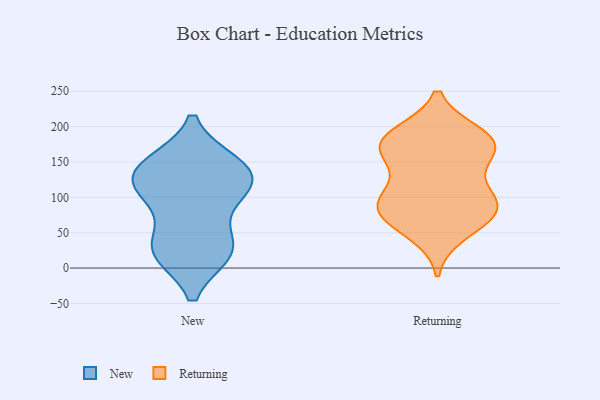
{"axis": {"x": "Market Share (%)", "y": "Value"}, "legend": ["New", "Returning"], "data": [{"x": "", "y": 23, "type": "New"}, {"x": "", "y": 147, "type": "New"}, {"x": "", "y": 143, "type": "New"}, {"x": "", "y": 101, "type": "New"}, {"x": "", "y": 32, "type": "New"}, {"x": "", "y": 141, "type": "New"}, {"x": "", "y": 26, "type": "New"}, {"x": "", "y": 131, "type": "New"}, {"x": "", "y": 25, "type": "New"}, {"x": "", "y": 108, "type": "New"}, {"x": "", "y": 113, "type": "New"}, {"x": "", "y": 158, "type": "Returning"}, {"x": "", "y": 187, "type": "Returning"}, {"x": "", "y": 171, "type": "Returning"}, {"x": "", "y": 107, "type": "Returning"}, {"x": "", "y": 103, "type": "Returning"}, {"x": "", "y": 180, "type": "Returning"}, {"x": "", "y": 80, "type": "Returning"}, {"x": "", "y": 89, "type": "Returning"}, {"x": "", "y": 79, "type": "Returning"}, {"x": "", "y": 76, "type": "Returning"}, {"x": "", "y": 172, "type": "Returning"}, {"x": "", "y": 51, "type": "Returning"}, {"x": "", "y": 177, "type": "Returning"}]}